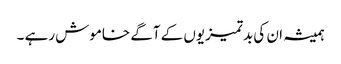
ہمیشہ ان کی بدتمیزیوں کے آگے خاموش رہے ۔